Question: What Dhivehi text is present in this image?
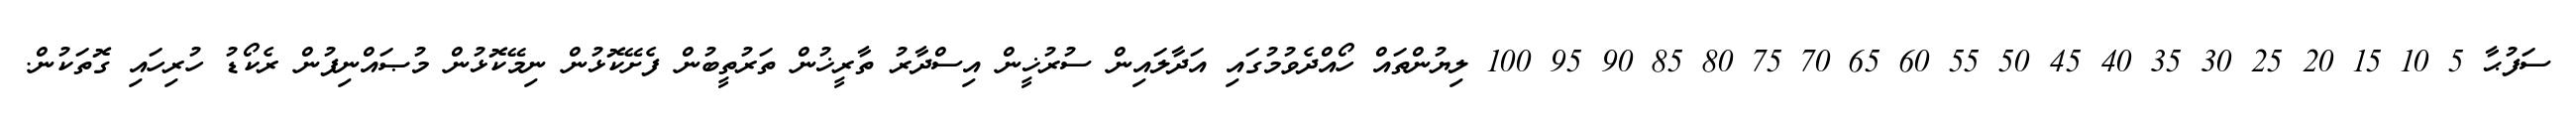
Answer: ސަފުޙާ 5 10 15 20 25 30 35 40 45 50 55 60 65 70 75 80 85 90 95 100 ލިޔުންތައް ހޯއްދެވުމުގައި އަދާލައިން ސުރުޚީން އިސްދާރު ތާރީޚުން ތަރުތީބުން ފެށޭކޮޅުން ނިމޭކޮޅުން މުޞައްނިފުން ރެކޯޑު ހުރިހައި ގޮތަކުން.